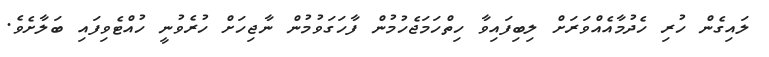
ލައިގެން ހުރި ހެދުމާއެއްވަރަށް ލިބިފައިވާ ހިތްހަމަޖެހުމުން ފާހަގަވުމުން ނާޖިހަށް ހުރެވުނީ ހުއްޓެވިފައި ބަލާށެވެ.